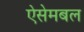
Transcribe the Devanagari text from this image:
ऐसेमबल